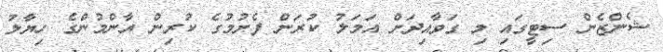
ޝެންޒެން ސިޓީގައި މި ގަވާއިދަށް އަމަލު ކުރަން ފެށުމުގެ ކުރިން އާންމުންގެ ހިޔާލު